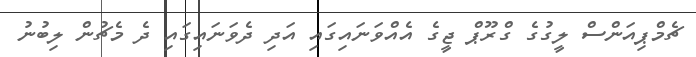
ޗެމްޕިއަންސް ލީގުގެ ގްރޫޕް ޖީގެ އެއްވަނައިގައި އަދި ދެވަނައިގައި ދެ މެޗުން ލިބުނު